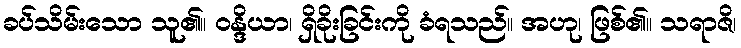
ခပ်သိမ်းသော သူ၏။ ဝန္ဒိယာ၊ ရှိခိုးခြင်းကို ခံရသည်။ အဟု၊ ဖြစ်၏။ သရာဇိ၊